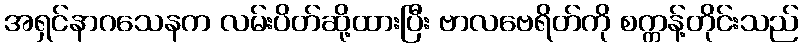
အရှင်နာဂသေနက လမ်းပိတ်ဆို့ထားပြီး ဗာလဗေရိတ်ကို စက္ကန့်တိုင်းသည်